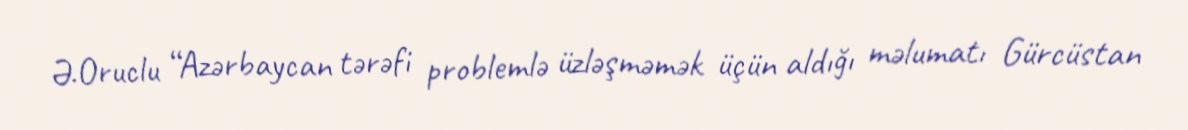
Ə.Oruclu “Azərbaycan tərəfi problemlə üzləşməmək üçün aldığı məlumatı Gürcüstan